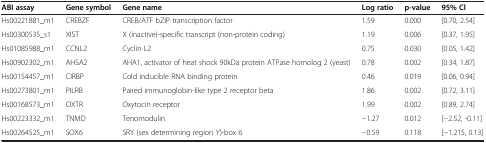
<table><thead><tr><td><b>ABI assay</b></td><td><b>Gene symbol</b></td><td><b>Gene name</b></td><td><b>Log ratio</b></td><td><b>p-value</b></td><td><b>95% Cl</b></td></tr></thead><tbody><tr><td>Hs00221881_m1</td><td>CREBZF</td><td>CREB/ATF bZIP transcription factor</td><td>1.59</td><td>0.000</td><td>[0.70, 2.54]</td></tr><tr><td>Hs00300535_s1</td><td>XIST</td><td>X (inactive)-specific transcript (non-protein coding)</td><td>1.19</td><td>0.006</td><td>[0.37, 1.95]</td></tr><tr><td>Hs01085988_m1</td><td>CCNL2</td><td>Cyclin L2</td><td>0.75</td><td>0.030</td><td>[0.05, 1.42]</td></tr><tr><td>Hs00902302_m1</td><td>AHSA2</td><td>AHA1, activator of heat shock 90kDa protein ATPase homolog 2 (yeast)</td><td>0.78</td><td>0.002</td><td>[0.34, 1.87]</td></tr><tr><td>Hs00154457_m1</td><td>CIRBP</td><td>Cold inducible RNA binding protein</td><td>0.46</td><td>0.019</td><td>[0.06, 0.94]</td></tr><tr><td>Hs00273801_m1</td><td>PILRB</td><td>Paired immunoglobin-like type 2 receptor beta</td><td>1.86</td><td>0.002</td><td>[0.72, 3.11]</td></tr><tr><td>Hs00168573_m1</td><td>OXTR</td><td>Oxytocin receptor</td><td>1.99</td><td>0.002</td><td>[0.89, 2.74]</td></tr><tr><td>Hs00223332_m1</td><td>TNMD</td><td>Tenomodulin</td><td>−1.27</td><td>0.012</td><td>[−2.52, -0.11]</td></tr><tr><td>Hs00264525_m1</td><td>SOX6</td><td>SRY (sex determining region Y)-box 6</td><td>−0.59</td><td>0.118</td><td>[−1.215, 0.13]</td></tr></tbody></table>